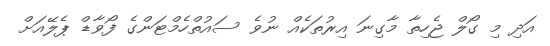
އަދި މި ގޯލް ޖެހިތާ މާގިނަ އިރުތަކެއް ނުވެ ސައުތްހެމްޓަންގެ ފޯވާޑް ޕެލޭއަށް